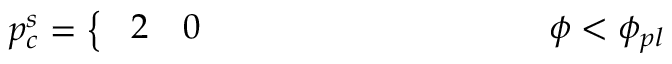
p _ { c } ^ { s } = \left\{ \begin{array} { l l } { \! \begin{array} { r l } { { 2 } } & { { } 0 \quad \quad \quad \quad \quad \quad \quad \quad \quad \quad \phi < \phi _ { p l } } \end{array} } \end{array} \right.